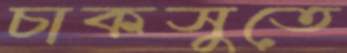
চাকসুতে